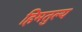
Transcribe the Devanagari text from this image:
हिमतुल्य